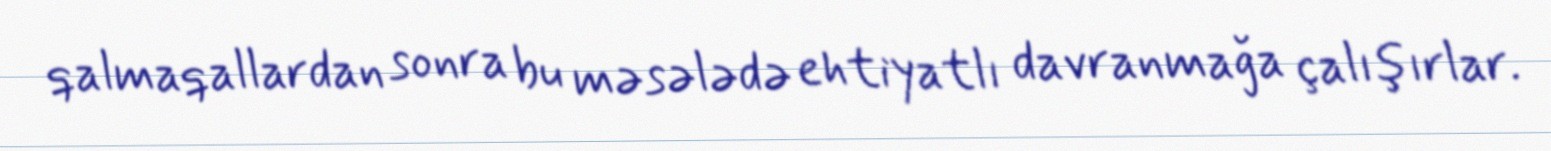
qalmaqallardan sonra bu məsələdə ehtiyatlı davranmağa çalışırlar.